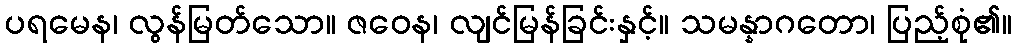
ပရမေန၊ လွန်မြတ်သော။ ဇဝေန၊ လျင်မြန်ခြင်းနှင့်။ သမန္နာဂတော၊ ပြည့်စုံ၏။